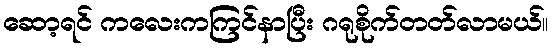
ဆော့ရင် ကလေးကကြင်နာပြီး ဂရုစိုက်တတ်လာမယ်။